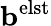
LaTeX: \mathbf b^{\mathrm{elst}}